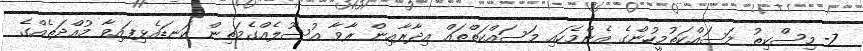
7- މިސްކިތު މަސައްކަތުމީހުންގެ އެންމެހައި މަސައްކަތްތައް އިދާރާއިން ރާވާ އުސޫލެއްގެމަތިން ކަނޑައެޅިފައިވާ މުއްދަތެއްގެ